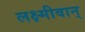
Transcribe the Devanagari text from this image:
लक्ष्मीवान्